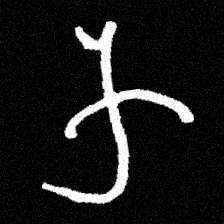
Pyu character \u2014 Myanmar letter: က (romanized: ka)